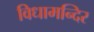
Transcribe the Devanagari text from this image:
विधामन्दिर